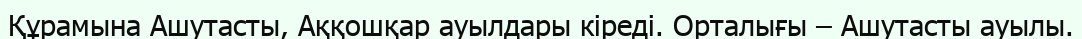
Құрамына Ашутасты, Аққошқар ауылдары кіреді. Орталығы – Ашутасты ауылы.